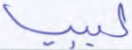
ليبيا